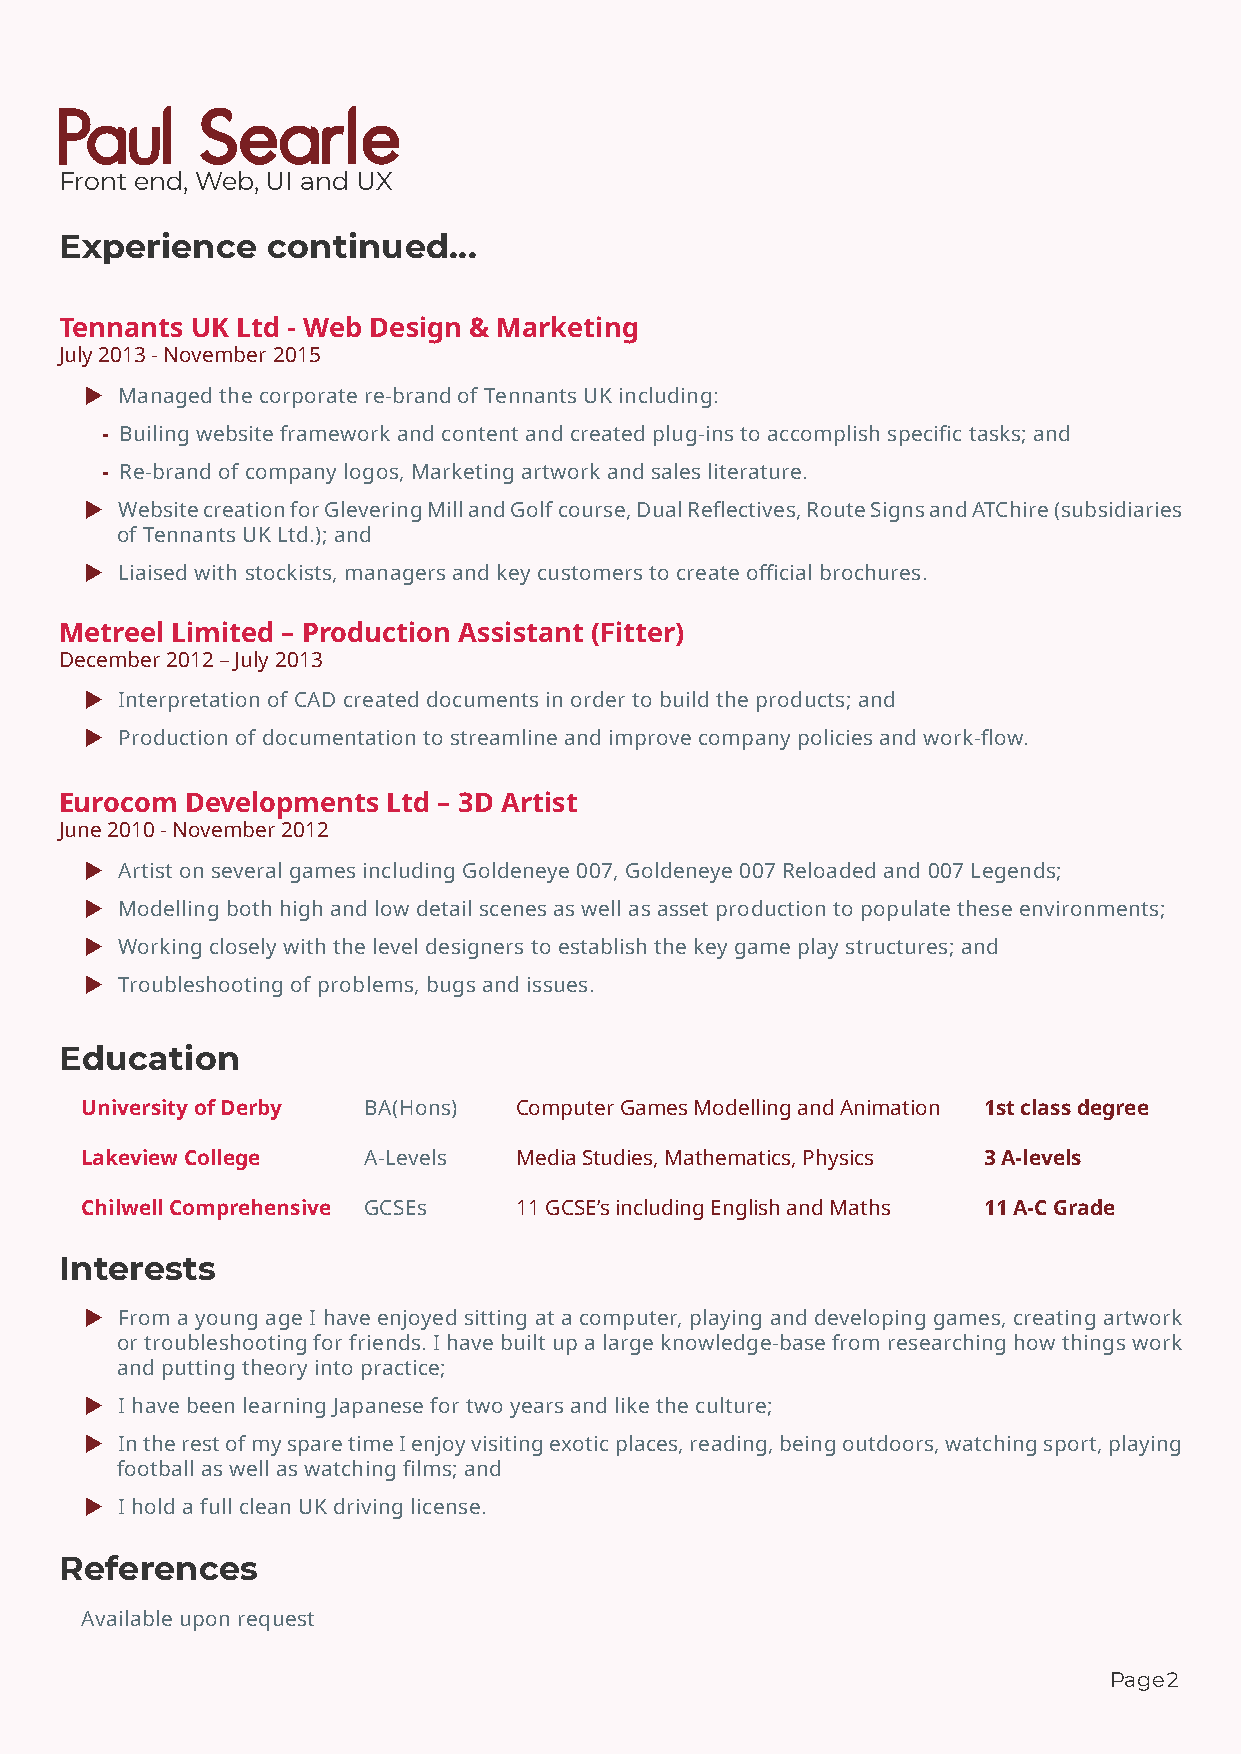
Front end, Web, UI and UX
 Experience    continued...
 Tennants UK Ltd - Web Design & Marketing
 July 2013 - November 2015
 ▶  Managed the corporate re-brand of Tennants UK including:
 - Builing website framework and content and created plug-ins to accomplish specific tasks; and
 - Re-brand of company logos, Marketing artwork and sales literature.
 ▶  Website creation for Glevering Mill and Golf course, Dual Reflectives, Route Signs and ATChire (subsidiaries
 of Tennants UK Ltd.); and
 ▶  Liaised with stockists, managers and key customers to create official brochures.
 Metreel Limited – Production Assistant (Fitter)
 December 2012 – July 2013
 ▶  Interpretation of CAD created documents in order to build the products; and
 ▶  Production of documentation to streamline and improve company policies and work-flow.
 Eurocom Developments  Ltd – 3D Artist
 June 2010 - November 2012
 ▶  Artist on several games including Goldeneye 007, Goldeneye 007 Reloaded and 007 Legends;
 ▶  Modelling both high and low detail scenes as well as asset production to populate these environments;
 ▶  Working closely with the level designers to establish the key game play structures; and
 ▶  Troubleshooting of problems, bugs and issues.
 Education
 University of Derby BA(Hons) Computer Games Modelling and Animation 1st class degree
 Lakeview College   A-Levels  Media Studies, Mathematics, Physics 3 A-levels
 Chilwell Comprehensive GCSEs 11 GCSE’s including English and Maths 11 A-C Grade
 Interests
 ▶  From a young age I have enjoyed sitting at a computer, playing and developing games, creating artwork
 or troubleshooting for friends. I have built up a large knowledge-base from researching how things work
 and putting theory into practice;
 ▶  I have been learning Japanese for two years and like the culture;
 ▶  In the rest of my spare time I enjoy visiting exotic places, reading, being outdoors, watching sport, playing
 football as well as watching films; and
 ▶  I hold a full clean UK driving license.
 References
 Available upon request
 Page2